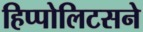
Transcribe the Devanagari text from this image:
हिप्पोलिटसने